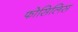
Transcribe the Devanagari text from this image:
फोसिलिस